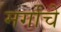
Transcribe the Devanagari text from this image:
मर्गाचे